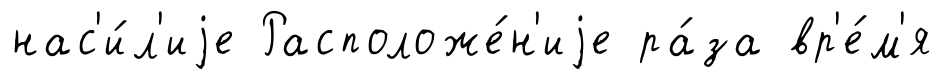
нас'и́л'иjе Расположе́н'иjе ра́за вр'е́м'я